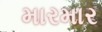
મારમાર